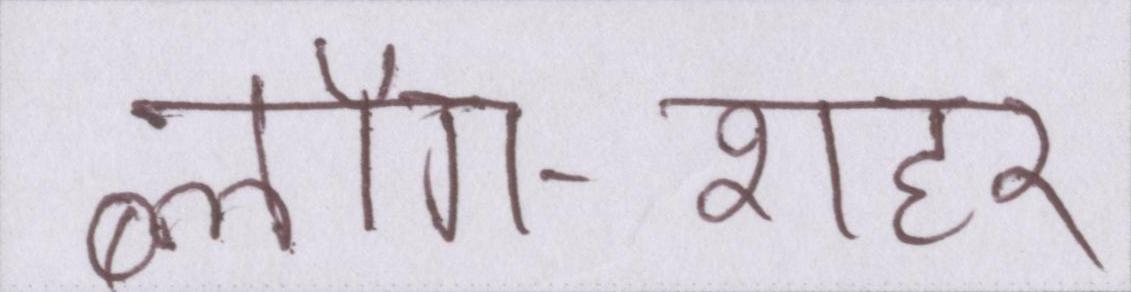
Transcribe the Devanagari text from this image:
ब्लॉग-शहर